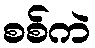
စစ်ကဲ